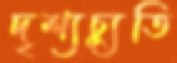
দৃশ্যচ্যুতি